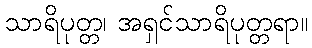
သာရိပုတ္တ၊ အရှင်သာရိပုတ္တရာ။